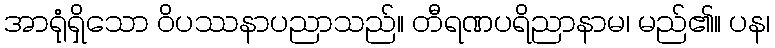
အာရုံရှိသော ဝိပဿနာပညာသည်။ တီရဏပရိညာနာမ၊ မည်၏။ ပန၊